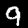
Digit: 9